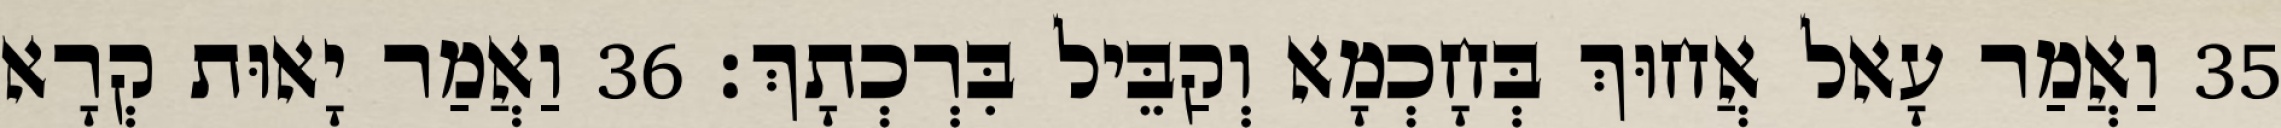
35 וַאֲמַר עָאל אֲחוּךְ בְּחָכְמָא וְקַבֵּיל בִּרְכְתָךְ׃ 36 וַאֲמַר יָאוּת קְרָא